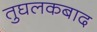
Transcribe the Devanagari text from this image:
तुघलकबाद